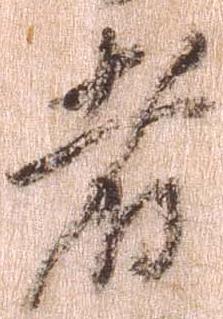
者